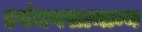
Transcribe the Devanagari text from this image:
एवंजनसामान्य